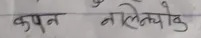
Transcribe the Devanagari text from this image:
कपन नालैत्योक